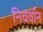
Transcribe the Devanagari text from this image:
निवर्वान